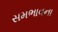
સમભાવના